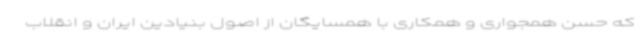
که حسن همجواری و همکاری با همسایگان از اصول بنیادین ایران و انقلاب